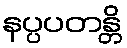
နပ္ပပတန္တိ